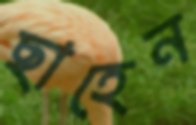
ছাহেন